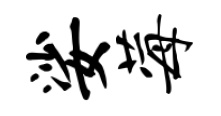
娑莓